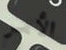
الأمر